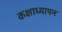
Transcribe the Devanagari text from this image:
कक्षाध्यापन